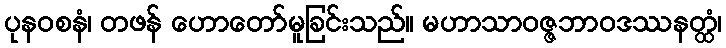
ပုနဝစနံ၊ တဖန် ဟောတော်မူခြင်းသည်။ မဟာသာဝဇ္ဇဘာဝဒဿနတ္ထံ၊